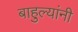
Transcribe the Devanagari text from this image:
बाहुल्यांनी